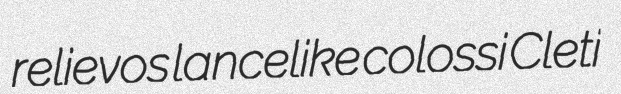
relievos lancelike colossi Cleti